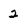
Character: 2